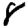
Digit: 8